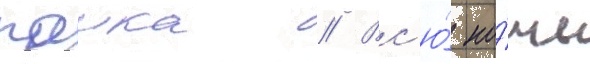
паика // Вс'ю́ но́чь